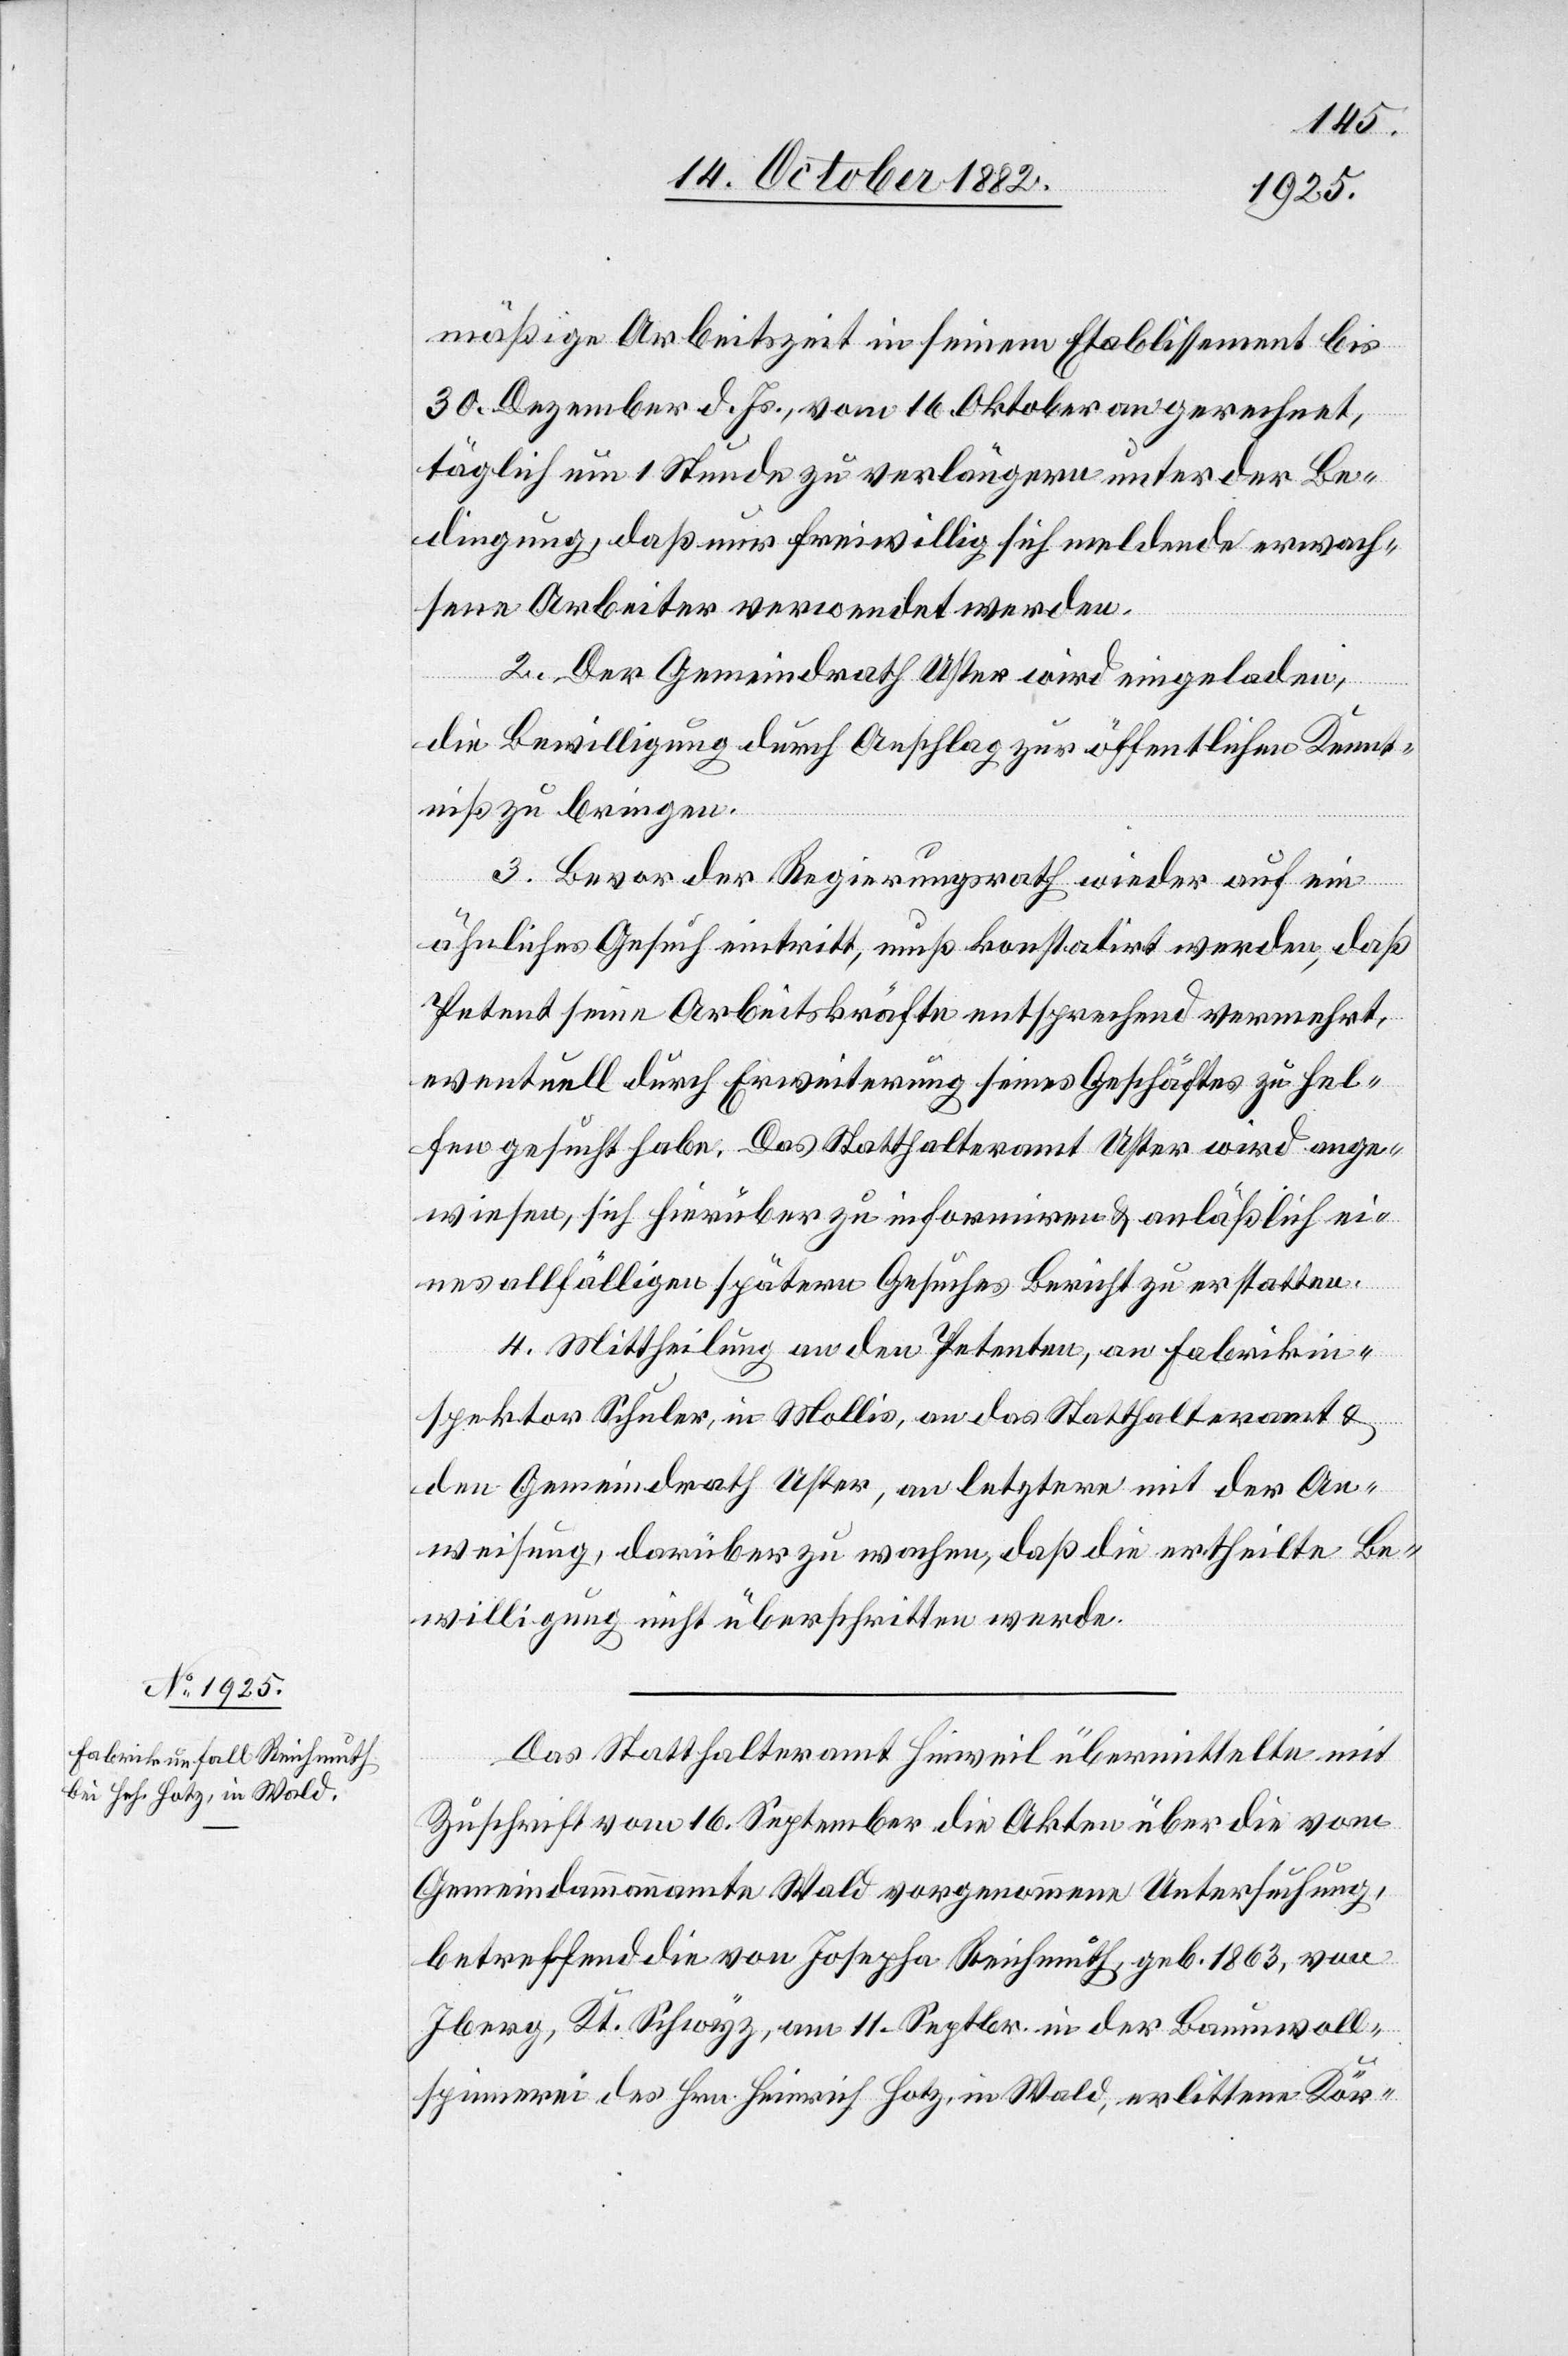
mäßige Arbeitszeit in seinem Etablissement bis
30. Dezember d. Js., vom 16. Oktober an gerechnet
täglich um 1 Stunde zu verlängern unter der Be¬
dingung, daß nur freiwillig sich meldende erwach¬
sene Arbeiter verwendet werden.
2. Der Gemeindrath Uster wird eingeladen,
die Bewilligung durch Anschlag zur öffentlichen Kennt¬
niß zu bringen.
3. Bevor der Regierungsrath wieder auf ein
ähnliches Gesuch eintritt, muß konstatirt werden, daß
Petent seine Arbeitskräfte entsprechend vermehrt,
eventuell durch Erweiterung seines Geschäftes zu hel¬
fen gesucht habe. Das Statthalteramt Uster wird ange¬
wiesen, sich hierüber zu informiren & anläßlich ei¬
nes allfälligen spätern Gesuches Bericht zu erstatten.
4. Mittheilung an den Petenten, an Fabrikin¬
spektor Schuler, in Mollis, an das Statthalteramt &
den Gemeindrath Uster, an letztere mit der Ab¬
weisung, darüber zu wachen, daß die ertheilte Be¬
willigung nicht überschritten werde.
Das Statthalteramt Hinweil übermittelte mit
Zuschrift vom 16. September die Akten über die vom
Gemeindammannamte Wald vorgenommene Untersuchung
betreffend die von Josepha Reichmuth, geb. 1863, von
Iberg, Kt. Schwyz, am 11. Septbr. in der Baumwoll¬
spinnerei des Hrn. Heinrich Hotz, in Wald, erlittene Kör-